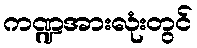
ကဏ္ဍအားလုံးတွင်